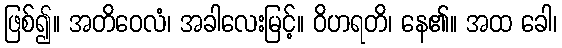
ဖြစ်၍။ အတိဝေလံ၊ အခါလေးမြင့်။ ဝိဟရတိ၊ နေ၏။ အထ ခေါ၊